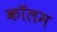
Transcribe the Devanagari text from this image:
काॅलम